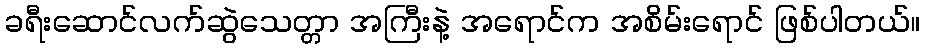
ခရီးဆောင်လက်ဆွဲသေတ္တာ အကြီးနဲ့ အရောင်က အစိမ်းရောင် ဖြစ်ပါတယ်။